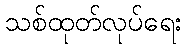
သစ်ထုတ်လုပ်ရေး